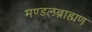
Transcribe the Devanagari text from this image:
मण्डलब्राह्मण